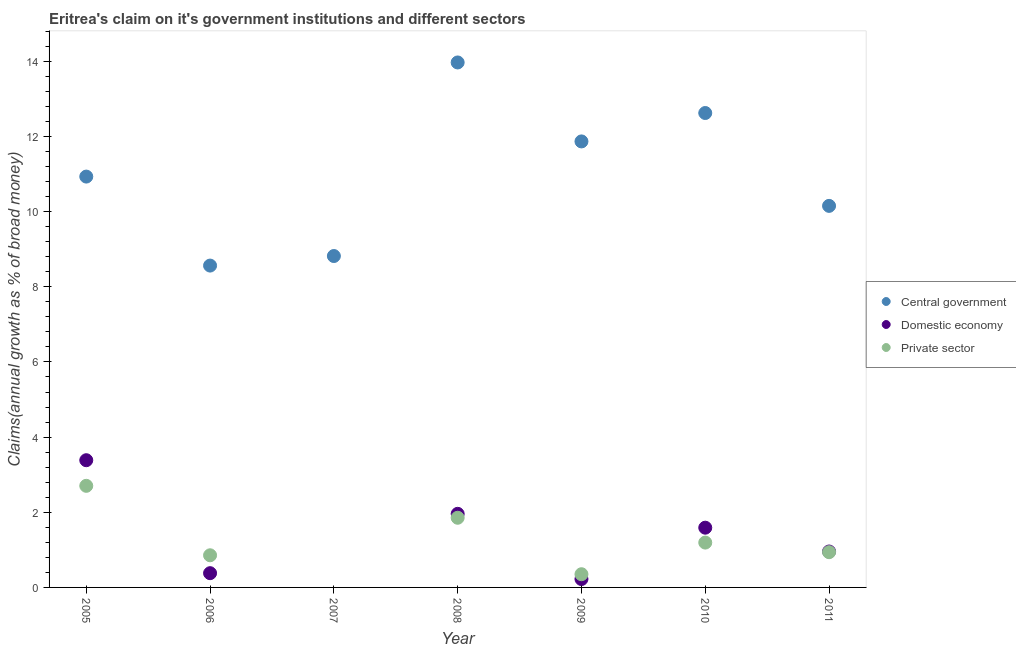
| Year | Central government | Domestic economy | Private sector |
 | --- | --- | --- | --- |
 | 2005 | 10.9 | 3.39 | 2.7 |
 | 2006 | 8.56 | 0.379 | 0.855 |
 | 2007 | 8.82 | -2.87 | -2.76 |
 | 2008 | 14 | 1.96 | 1.85 |
 | 2009 | 11.9 | 0.223 | 0.351 |
 | 2010 | 12.6 | 1.59 | 1.19 |
 | 2011 | 10.2 | 0.956 | 0.938 |